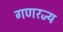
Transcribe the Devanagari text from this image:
गणरज्य